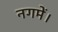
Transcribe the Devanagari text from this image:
नगमें।